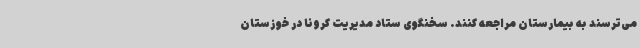
می‌ترسند به بیمارستان مراجعه کنند. سخنگوی ستاد مدیریت کرونا در خوزستان